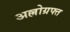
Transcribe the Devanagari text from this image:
अल्लोग्रफ्त